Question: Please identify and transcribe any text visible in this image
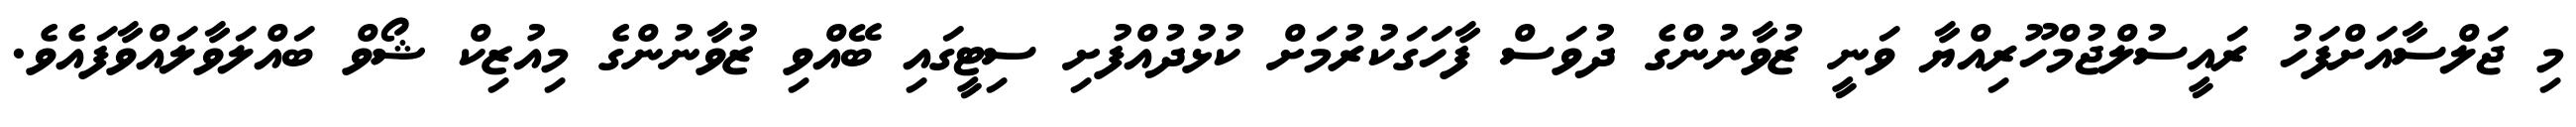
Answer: މި ޖަލްސާއަށްފަހު ރައީސުލްޖުމްހޫރިއްޔާ ވަނީ ޒުވާނުންގެ ދުވަސް ފާހަގަކުރުމަށް ކުޅުދުއްފުށި ސިޓީގައި ބޭއްވި ޒުވާނުންގެ މިއުޒިކް ޝޯވް ބައްލަވާލައްވާފައެވެ.